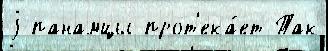
j панамцы прот'ека́ет Так